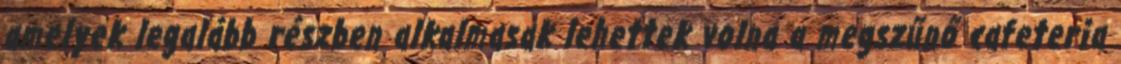
amelyek legalább részben alkalmasak lehettek volna a megszűnő cafeteria